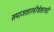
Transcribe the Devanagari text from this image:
समाजशास्त्रीर्थशास्त्री